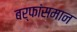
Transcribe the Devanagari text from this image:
बर्फांसमान